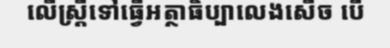
លើស្ត្រីទៅធ្វើអត្ថាធិប្បាលេងសើច បើ